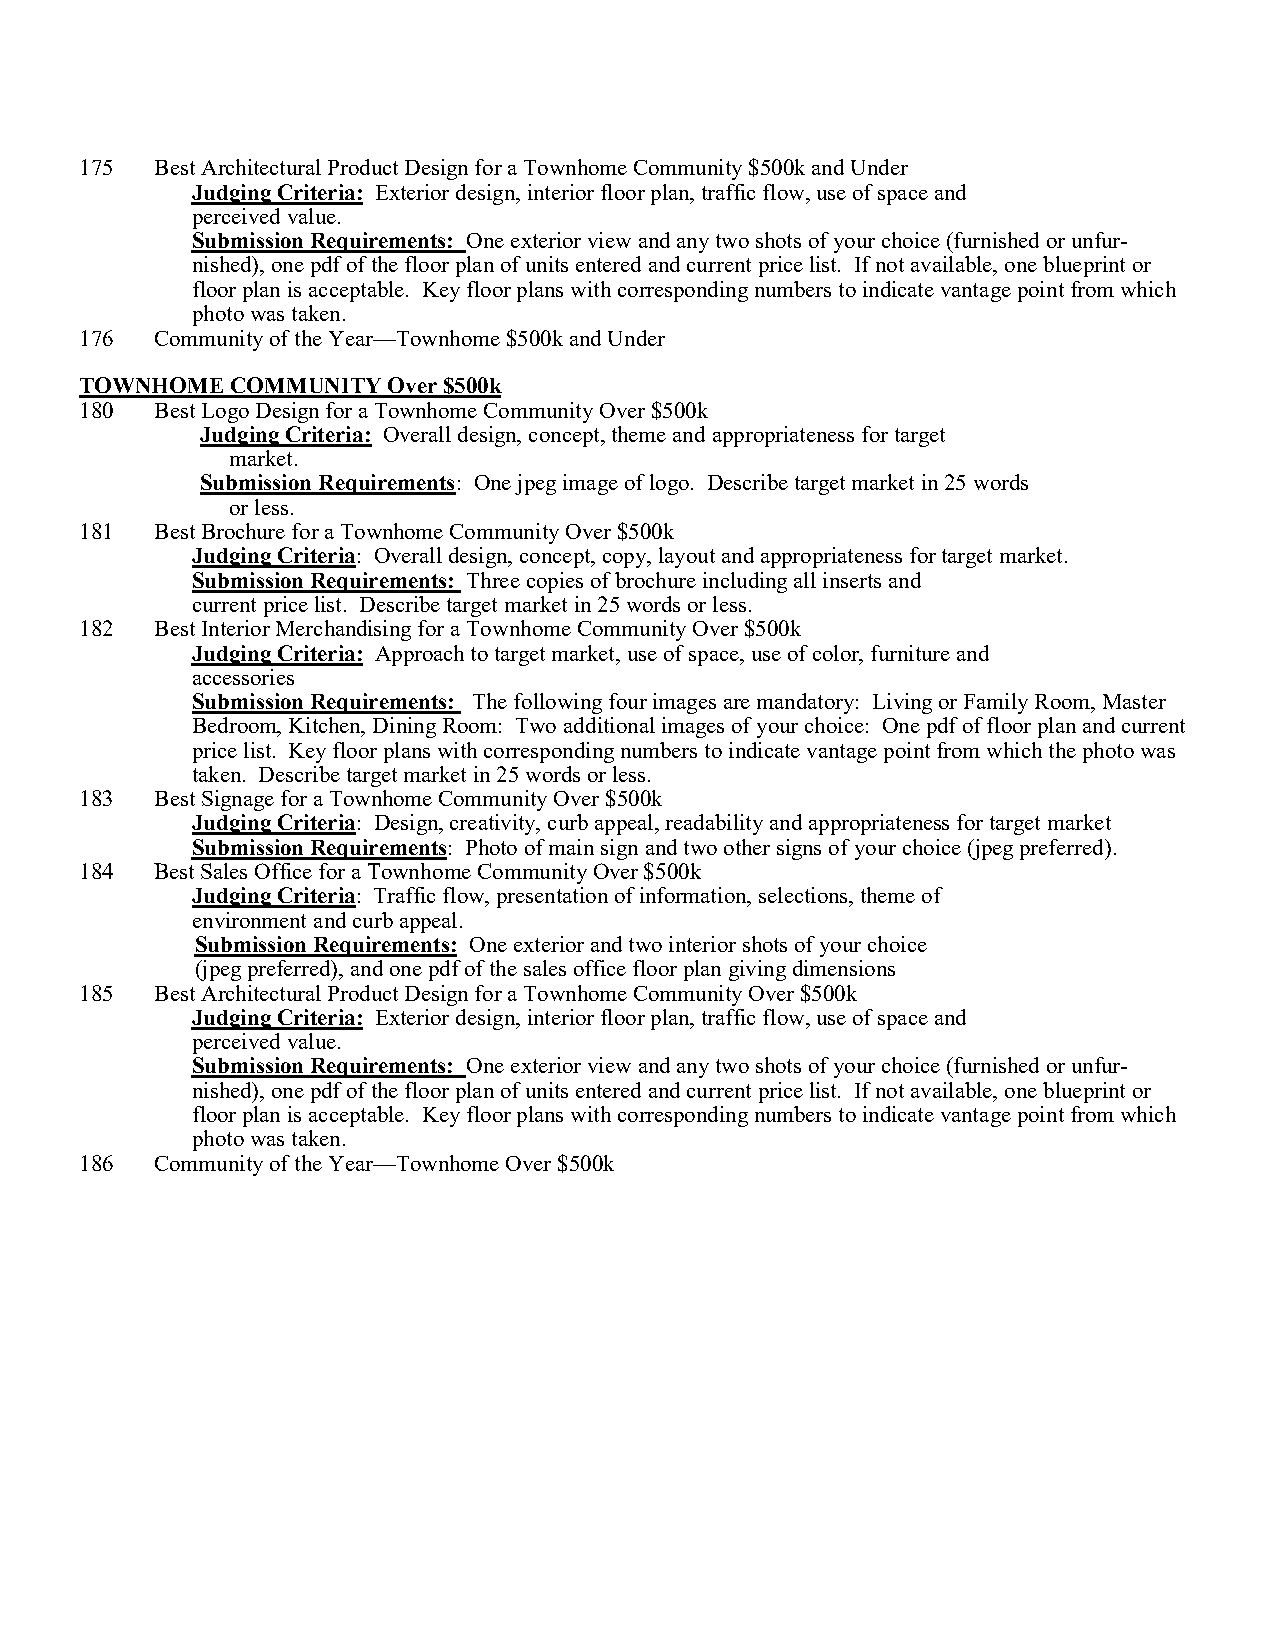
175  Best Architectural Product Design for a Townhome Community $500k and Under
 Judging Criteria: Exterior design, interior floor plan, traffic flow, use of space and
 perceived value.
 Submission Requirements: One exterior view and any two shots of your choice (furnished or unfur-
 nished), one pdf of the floor plan of units entered and current price list. If not available, one blueprint or
 floor plan is acceptable. Key floor plans with corresponding numbers to indicate vantage point from which
 photo was taken.
 176  Community of the Year—Townhome $500k and Under
 TOWNHOME  COMMUNITY  Over $500k
 180  Best Logo Design for a Townhome Community Over $500k
 Judging Criteria: Overall design, concept, theme and appropriateness for target
 market.
 Submission Requirements: One jpeg image of logo. Describe target market in 25 words
 or less.
 181  Best Brochure for a Townhome Community Over $500k
 Judging Criteria: Overall design, concept, copy, layout and appropriateness for target market.
 Submission Requirements: Three copies of brochure including all inserts and
 current price list. Describe target market in 25 words or less.
 182  Best Interior Merchandising for a Townhome Community Over $500k
 Judging Criteria: Approach to target market, use of space, use of color, furniture and
 accessories
 Submission Requirements: The following four images are mandatory: Living or Family Room, Master
 Bedroom, Kitchen, Dining Room: Two additional images of your choice: One pdf of floor plan and current
 price list. Key floor plans with corresponding numbers to indicate vantage point from which the photo was
 taken. Describe target market in 25 words or less.
 183  Best Signage for a Townhome Community Over $500k
 Judging Criteria: Design, creativity, curb appeal, readability and appropriateness for target market
 Submission Requirements: Photo of main sign and two other signs of your choice (jpeg preferred).
 184  Best Sales Office for a Townhome Community Over $500k
 Judging Criteria: Traffic flow, presentation of information, selections, theme of
 environment and curb appeal.
 Submission Requirements: One exterior and two interior shots of your choice
 (jpeg preferred), and one pdf of the sales office floor plan giving dimensions
 185  Best Architectural Product Design for a Townhome Community Over $500k
 Judging Criteria: Exterior design, interior floor plan, traffic flow, use of space and
 perceived value.
 Submission Requirements: One exterior view and any two shots of your choice (furnished or unfur-
 nished), one pdf of the floor plan of units entered and current price list. If not available, one blueprint or
 floor plan is acceptable. Key floor plans with corresponding numbers to indicate vantage point from which
 photo was taken.
 186  Community of the Year—Townhome Over $500k